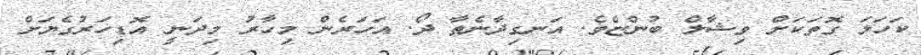
ކަހަލަ ގޮތަކަށް ވިޝާލް ބުންޏެވެ. އަނގިދާނެތާ ދޯ. އަހަރެން މިހާރު މިދަނީ އޮޑިހަރުގެޔަށް